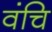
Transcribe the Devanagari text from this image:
वंचि